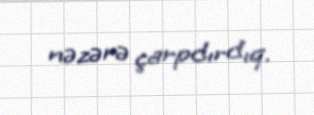
nəzərə çarpdırdıq.